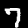
Label: 7